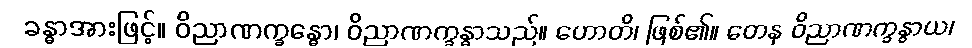
ခန္ဓာအားဖြင့်။ ဝိညာဏက္ခန္ဓော၊ ဝိညာဏက္ခန္ဓာသည်။ ဟောတိ၊ ဖြစ်၏။ တေန ဝိညာဏက္ခန္ဓာယ၊